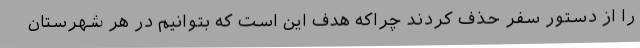
را از دستور سفر حذف کردند چراکه هدف این است که بتوانیم در هر شهرستان